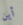
أين